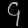
Digit: ၄